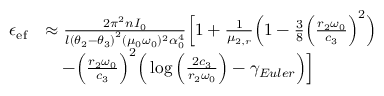
\begin{array} { r l } { \epsilon _ { \mathrm { e f } } } & { \approx \frac { 2 \pi ^ { 2 } n I _ { 0 } } { l \left( \theta _ { 2 } - \theta _ { 3 } \right) ^ { 2 } ( \mu _ { 0 } \omega _ { 0 } ) ^ { 2 } \alpha _ { 0 } ^ { 4 } } \Big [ 1 + \frac { 1 } { \mu _ { 2 , r } } \Big ( 1 - \frac { 3 } { 8 } \Big ( \frac { r _ { 2 } \omega _ { 0 } } { c _ { 3 } } \Big ) ^ { 2 } \Big ) } \\ & { \quad - \Big ( \frac { r _ { 2 } \omega _ { 0 } } { c _ { 3 } } \Big ) ^ { 2 } \Big ( \log \Big ( \frac { 2 c _ { 3 } } { r _ { 2 } \omega _ { 0 } } \Big ) - \gamma _ { E u l e r } \Big ) \Big ] } \end{array}